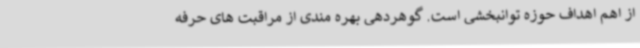
از اهم اهداف حوزه توانبخشی است. گوهردهی بهره مندی از مراقبت های حرفه